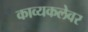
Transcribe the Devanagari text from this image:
काव्यकलेवर